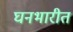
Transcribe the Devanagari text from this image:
घनभारीत